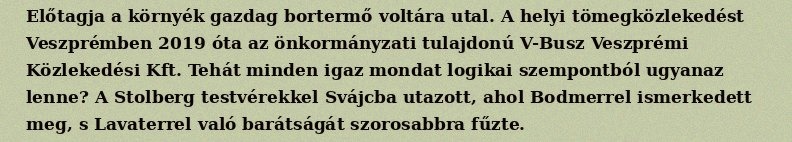
Előtagja a környék gazdag bortermő voltára utal. A helyi tömegközlekedést Veszprémben 2019 óta az önkormányzati tulajdonú V-Busz Veszprémi Közlekedési Kft. Tehát minden igaz mondat logikai szempontból ugyanaz lenne? A Stolberg testvérekkel Svájcba utazott, ahol Bodmerrel ismerkedett meg, s Lavaterrel való barátságát szorosabbra fűzte.